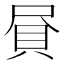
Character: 𧴾